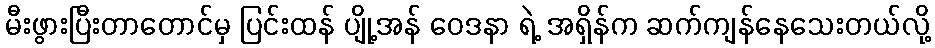
မီးဖွားပြီးတာတောင်မှ ပြင်းထန် ပျို့အန် ဝေဒနာ ရဲ့ အရှိန်က ဆက်ကျန်နေသေးတယ်လို့